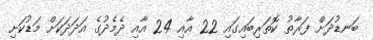
ބަނޑުދަށް ފަރާތު ކޮތަރިބައިގައި 22 އާއި 24 އާއި ދެމެދުގެ އަދަދަކަށް މަޑުކަށި